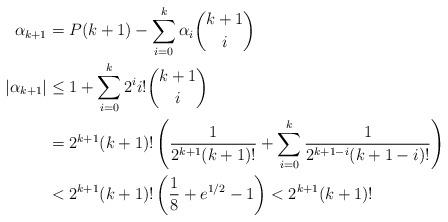
LaTeX: \begin{align*}\alpha_{k+1}&=P(k+1)-\sum_{i=0}^k\alpha_i\binom{k+1}{i}\\\vert\alpha_{k+1}\vert&\leq 1+\sum_{i=0}^k 2^i i!\binom{k+1}{i}\\&=2^{k+1}(k+1)!\left(\frac{1}{2^{k+1}(k+1)!}+\sum_{i=0}^k\frac{1}{2^{k+1-i}(k+1-i)!}\right)\\&<2^{k+1}(k+1)!\left(\frac{1}{8}+e^{1/2}-1\right)<2^{k+1}(k+1)!\end{align*}